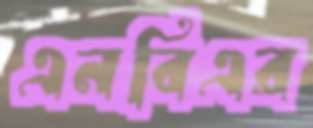
এনবিএর